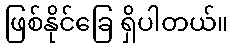
ဖြစ်နိုင်ခြေ ရှိပါတယ်။